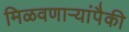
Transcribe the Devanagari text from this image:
मिळवणाऱ्यांपैकी